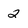
Character: 2